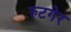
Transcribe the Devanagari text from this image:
रुटगेर